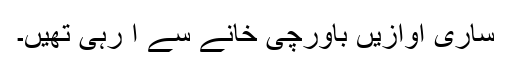
ساری آوازیں باورچی خانے سے آ رہی تھیں۔